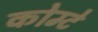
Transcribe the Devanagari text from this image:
कोम्टे